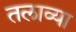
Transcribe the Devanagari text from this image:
तलाव्या